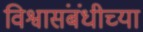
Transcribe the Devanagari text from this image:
विश्वासंबंधीच्या